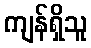
ကျန်ရှိသူ